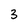
Character: 3